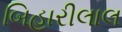
બિહારીલાલ